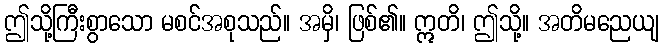
ဤသို့ကြီးစွာသော မစင်အစုသည်။ အမှိ၊ ဖြစ်၏။ ဣတိ၊ ဤသို့။ အတိမညေယျ